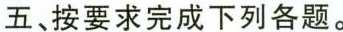
五、按要求完成下列各题.。